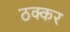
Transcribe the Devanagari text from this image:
ठक्‍कर